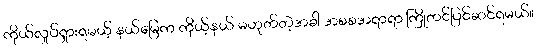
ကိုယ်လှုပ်ရှားရမယ့် နယ်မြေက ကိုယ့်နယ် မဟုတ်တဲ့အခါ အစစအရာရာ ကြိုတင်ပြင်ဆင်ရမယ်။